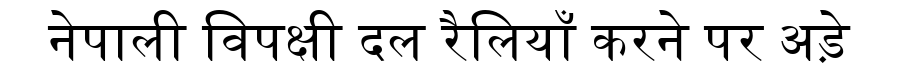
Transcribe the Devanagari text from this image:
नेपाली विपक्षी दल रैलियाँ करने पर अड़े